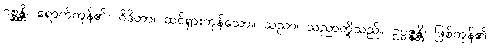
ဂစ္ဆန္တိ၊ ရောက်ကုန်၏။ ဝိဒိတာ၊ ထင်ရှားကုန်သော။ သညာ၊ သညာတို့သည်။ ဥပ္ပဇ္ဇန္တိ၊ ဖြစ်ကုန်၏။